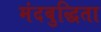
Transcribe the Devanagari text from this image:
मंदबुद्धिता